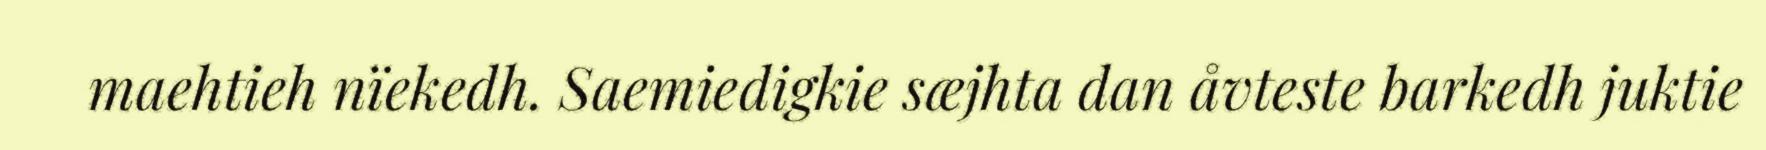
maehtieh nïekedh. Saemiedigkie sæjhta dan åvteste barkedh juktie